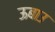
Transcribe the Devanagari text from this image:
ऊबाउ